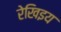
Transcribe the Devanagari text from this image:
रेखिइय